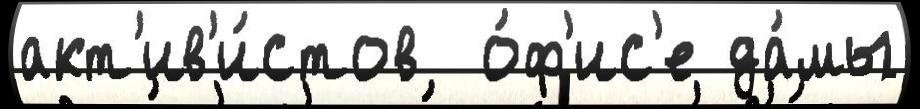
акт'ив'и́стов  о́ф'ис'е да́мы